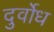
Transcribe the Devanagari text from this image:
दुर्वोध